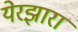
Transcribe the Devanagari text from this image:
येरझारा